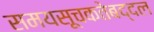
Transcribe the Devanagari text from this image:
समयसूचकतेबद्दल